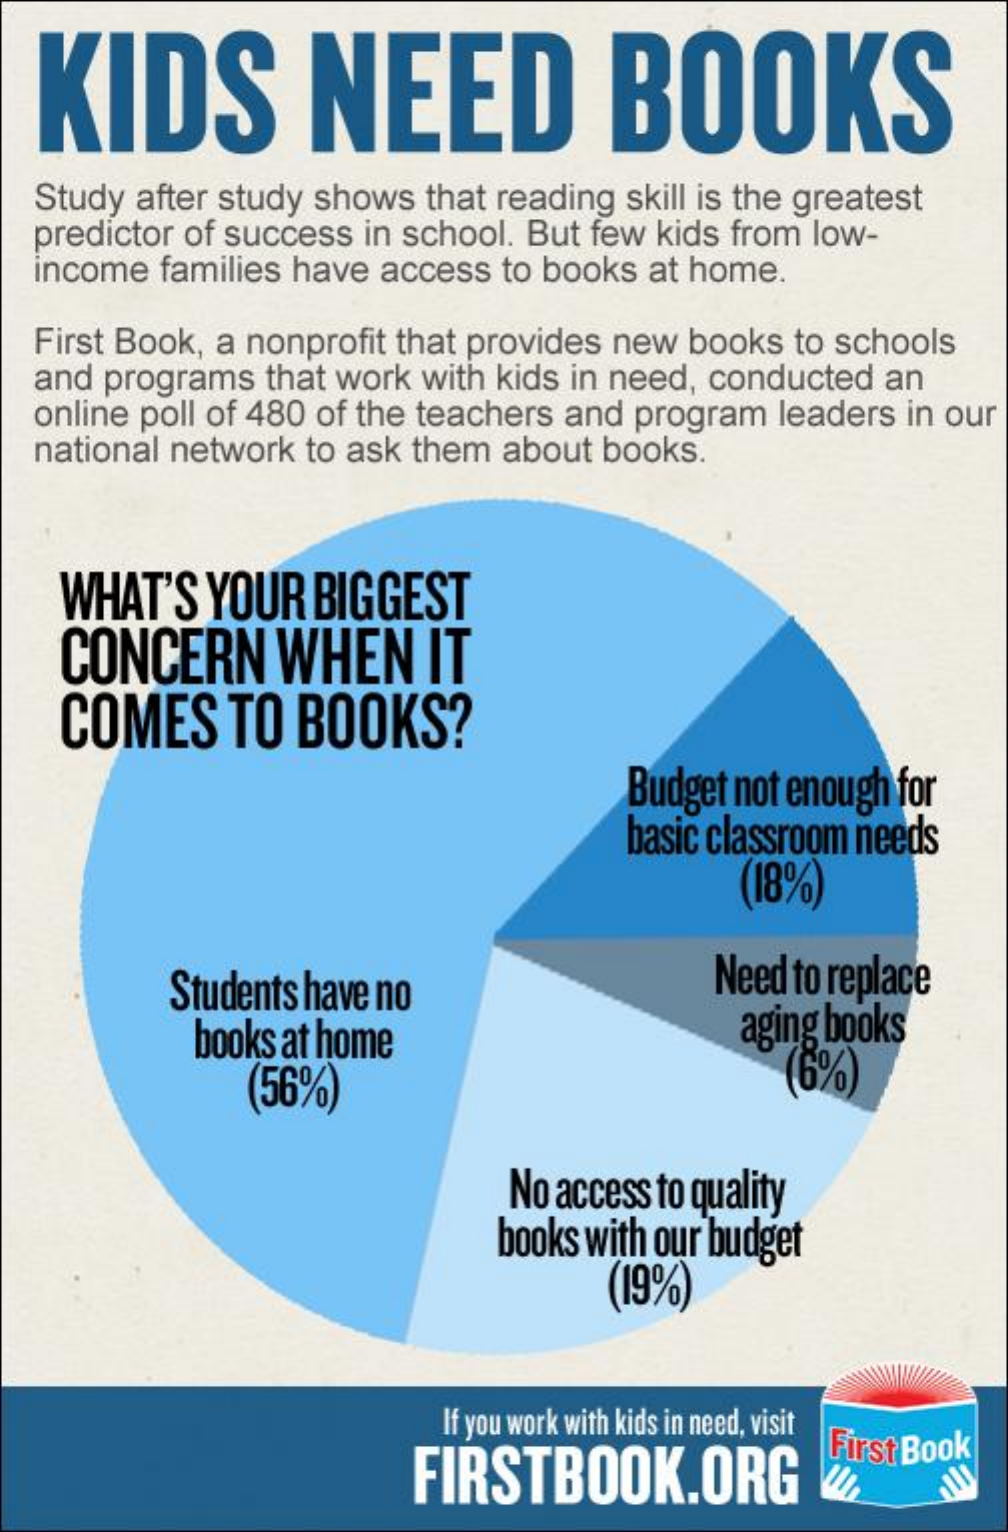
KIDS    NEED    BOOKS
  Study after study shows that reading skill is the greatest
  predictor of success in school. But few kids from low-
  income families have access to books at home.
  First Book, a nonprofit that provides new books to schools
  and programs that work with kids in need, conducted an
  online poll of 480 of the teachers and program leaders in our
  national network to ask them about books.
   WHAT'S  YOUR BIGGEST
    CONCERN   WHEN    IT
    COMES   TO BOOKS?
     Budget not enough for
     basic classroom needs
     (18%)
     Students have no    Need to replace
     books at home    aging books
     (56%)    (6%)
     No access to quality
     books with our budget
     (19%)
     If you work with kids in need, visit
     FIRSTBOOK.ORG
     First Book